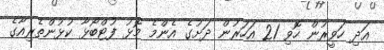
އަދި ހަވީރުން ހޮވި 21 އަހަރުން ދަށުގެ އެންމެ މޮޅު ފުޓްބޯޅާ ކުޅުންތެރިއާގެ